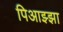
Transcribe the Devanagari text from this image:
पिआझ्झा